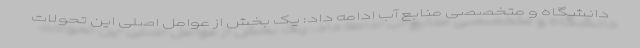
دانشگاه و متخصصی منابع آب ادامه داد: یک بخش از عوامل اصلی این تحولات